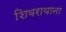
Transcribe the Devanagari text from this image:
शिवरायाना